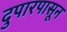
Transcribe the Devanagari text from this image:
दुपारपासून